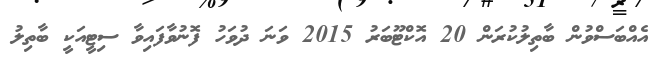
އެއްބަސްވުން ބާތިލުކުރަން 20 އޮކްޓޫބަރު 2015 ވަނަ ދުވަހު ފޮނުވާފައިވާ ސިޓީއަކީ ބާތިލު